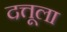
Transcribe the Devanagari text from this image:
दत्तूला